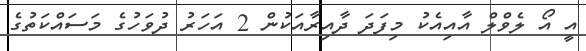
އީ އޯ ލެވްލް އާއިއެކު މިފަދަ ދާއިރާއަކުން 2 އަހަރު ދުވަހުގެ މަސައްކަތުގެ